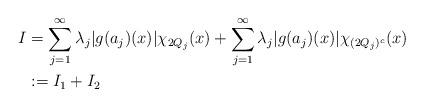
LaTeX: \begin{align*}\begin{aligned}\uppercase\expandafter{\romannumeral1}&=\sum\limits_{j=1}^{\infty}\lambda_{j}\vert g(a_{j})(x)\vert\chi_{2Q_{j}}(x)+\sum\limits_{j=1}^{\infty}\lambda_{j}\vert g(a_{j})(x)\vert\chi_{(2Q_{j})^{c}}(x)\\&:=\uppercase\expandafter{\romannumeral1}_{1}+\uppercase\expandafter{\romannumeral1}_{2}\end{aligned}\end{align*}